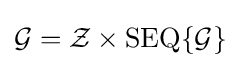
{\mathcal {G}}={\mathcal {Z}}\times \operatorname {SEQ} \{{\mathcal {G}}\}